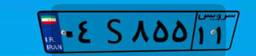
۰۴S۸۵۵۱۱